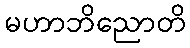
မဟာဘိညောတိ